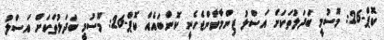
ކޮޕް-26: މޫސުމީ ބަދަލުތަކަށް އަސްލު ޒިންމާވާންޖެހެނީ ކޮންބައެއް ކޮޕް-26: މޫސުމީ ބަދަލުތަކަށް އަސްލު